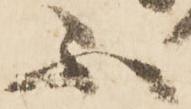
不